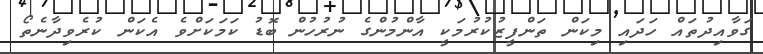
ގަވާއިދުތައް ހަދައި މިކަން ތަންފީޒުކުރުމަކީ އާންމުންގެ ނުރުހުން ބޮޑު ކަމަކަށްވެ އެކަން ކުރެވިދާނެތޯ